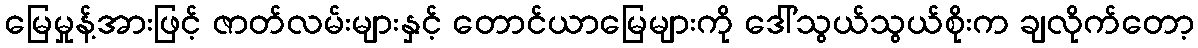
မြေမှုန့်အားဖြင့် ဇာတ်လမ်းများနှင့် တောင်ယာမြေများကို ဒေါ်သွယ်သွယ်စိုးက ချလိုက်တော့